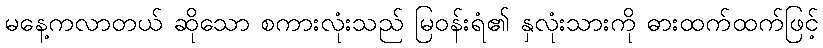
မနေ့ကလာတယ် ဆိုသော စကားလုံးသည် မြဝန်းရံ၏ နှလုံးသားကို ဓားထက်ထက်ဖြင့်